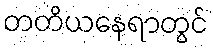
တတိယနေရာတွင်